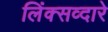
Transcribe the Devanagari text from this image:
लिंक्सव्दारे